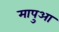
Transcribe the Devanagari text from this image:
मापुआ